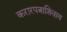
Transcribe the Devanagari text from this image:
करारपत्राशिवाय